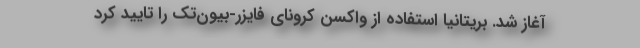
آغاز شد. بریتانیا استفاده از واکسن کرونای فایزر-بیون‌تک را تایید کرد